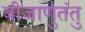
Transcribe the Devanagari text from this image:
बीजाणुतंतु